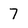
Character: 7